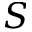
S